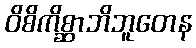
ဝိစိကိစ္ဆာဘိဘူတေန